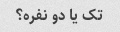
تک یا دو نفره؟